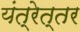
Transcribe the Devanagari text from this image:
यंत्रेत्तर